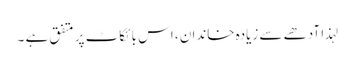
لہذا آدھے سے زیادہ خاندان ، اس بائکاٹ پر متفق ہے ۔